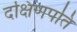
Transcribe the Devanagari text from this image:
दक्षिणपति